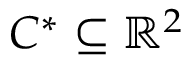
C ^ { * } \subseteq \mathbb { R } ^ { 2 }